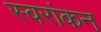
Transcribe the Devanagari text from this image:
स्वरांकन